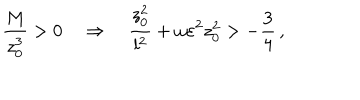
{ \frac { M } { z _ { 0 } ^ { 3 } } } > 0 \quad \Rightarrow \quad { \frac { z _ { 0 } ^ { 2 } } { l ^ { 2 } } } + \omega \varepsilon ^ { 2 } z _ { 0 } ^ { 2 } > - { \frac { 3 } { 4 } } \, ,